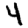
Digit: 4